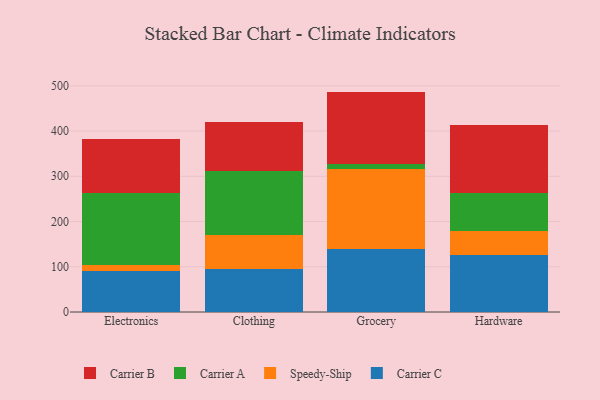
{"axis": {"x": "Category", "y": "Waste Production (Tons)"}, "legend": ["Carrier A", "Carrier B", "Carrier C", "Speedy-Ship"], "data": [{"x": "Electronics", "y": 89.6, "type": "Carrier C"}, {"x": "Electronics", "y": 13.9, "type": "Speedy-Ship"}, {"x": "Electronics", "y": 160.6, "type": "Carrier A"}, {"x": "Electronics", "y": 117.7, "type": "Carrier B"}, {"x": "Clothing", "y": 96.1, "type": "Carrier C"}, {"x": "Clothing", "y": 74.7, "type": "Speedy-Ship"}, {"x": "Clothing", "y": 140.9, "type": "Carrier A"}, {"x": "Clothing", "y": 108.2, "type": "Carrier B"}, {"x": "Grocery", "y": 140.0, "type": "Carrier C"}, {"x": "Grocery", "y": 177.1, "type": "Speedy-Ship"}, {"x": "Grocery", "y": 10.8, "type": "Carrier A"}, {"x": "Grocery", "y": 159.3, "type": "Carrier B"}, {"x": "Hardware", "y": 126.5, "type": "Carrier C"}, {"x": "Hardware", "y": 51.7, "type": "Speedy-Ship"}, {"x": "Hardware", "y": 84.2, "type": "Carrier A"}, {"x": "Hardware", "y": 150.6, "type": "Carrier B"}]}